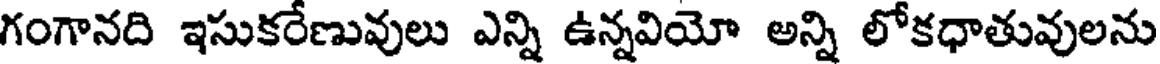
గంగానది ఇసుకరేణువులు ఎన్ని ఉన్నవియో అన్ని లోకధాతువులను